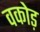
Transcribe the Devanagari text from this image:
वकोड़